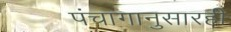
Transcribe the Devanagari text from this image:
पंचागानुसारही